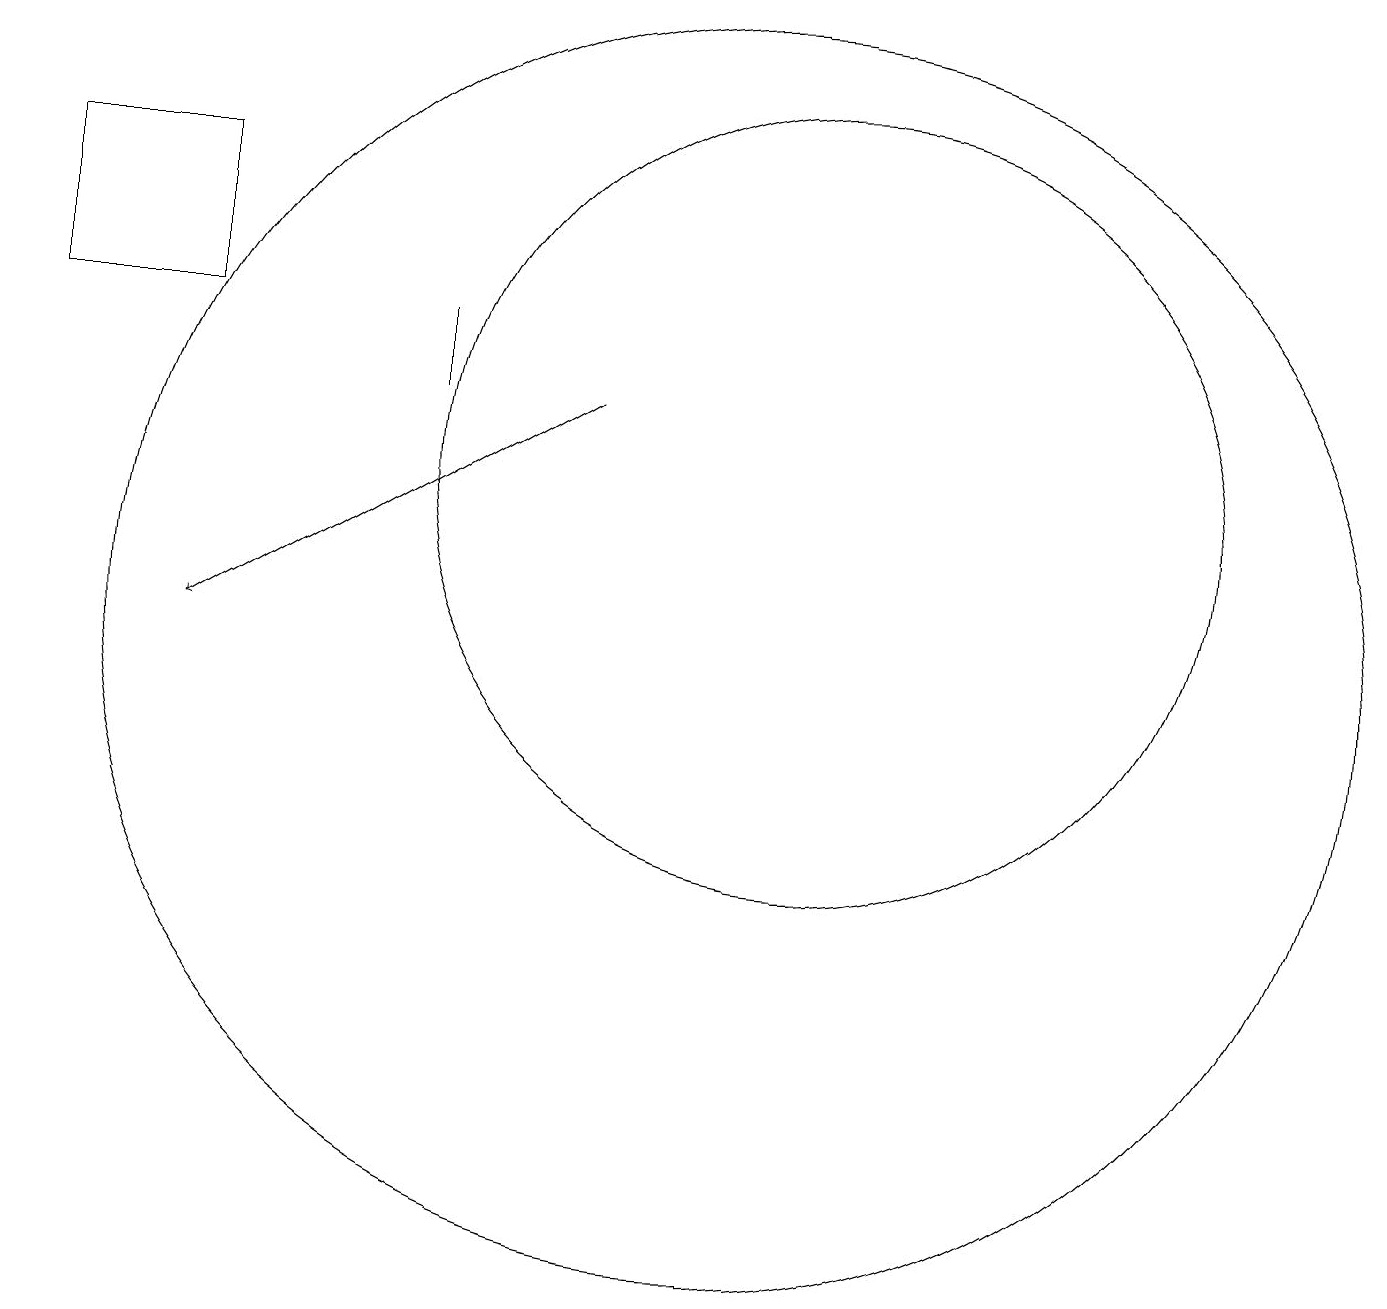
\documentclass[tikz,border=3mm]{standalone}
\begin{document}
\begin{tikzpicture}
\draw (10,10) circle (8);
\draw (11,12) circle (5);
\draw[->] (8,13) -- (3,10);
\draw (3,16) rectangle (1,14);
\draw (6,14) rectangle (6,13);
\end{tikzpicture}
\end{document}